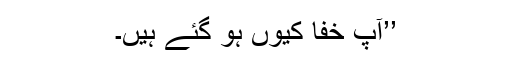
’’آپ خفا کیوں ہو گئے ہیں۔